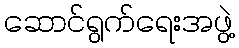
ဆောင်ရွက်ရေးအဖွဲ့